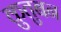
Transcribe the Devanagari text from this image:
क़ुतुबन